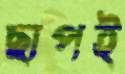
ছাপই